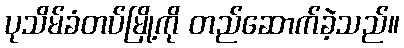
ပုသိမ်ခံတပ်မြို့ကို တည်ဆောက်ခဲ့သည်။